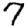
Digit: 7